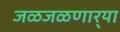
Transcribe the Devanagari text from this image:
जळजळणार्‍या